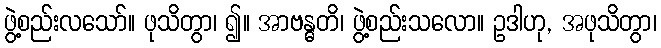
ဖွဲ့စည်းလသော်။ ဖုသိတွာ၊ ၍။ အာဗန္ဓတိ၊ ဖွဲ့စည်းသလော။ ဥဒါဟု, အဖုသိတွာ၊